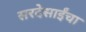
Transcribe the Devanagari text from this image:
सरदेसाईंचा